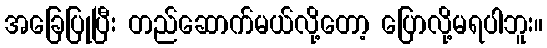
အခြေပြုပြီး တည်ဆောက်မယ်လို့တော့ ပြောလို့မရပါဘူး။